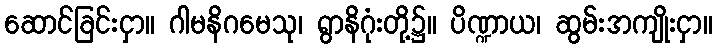
ဆောင်ခြင်းငှာ။ ဂါမနိဂမေသု၊ ရွာနိဂုံးတို့၌။ ပိဏ္ဍာယ၊ ဆွမ်းအကျိုးငှာ။